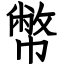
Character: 幣